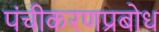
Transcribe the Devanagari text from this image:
पंचीकरणप्रबोध